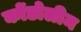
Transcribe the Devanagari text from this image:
कोंडोलीम